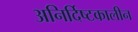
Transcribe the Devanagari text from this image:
अनिर्दिष्टकालीन